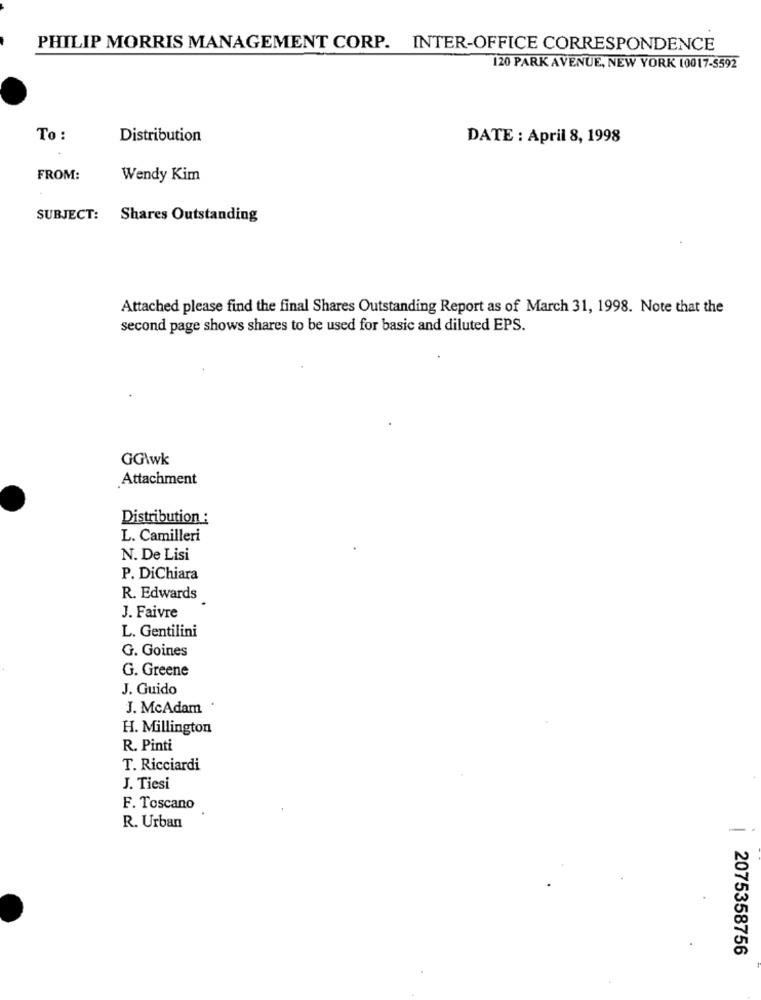
PHILIP MORRIS MANAGEMENT CORP. INTER-OFFICE CORRESPONDENCE
120 PARK AVENUE, NEW YORK 10017-5592
To :
Distribution
DATE : April 8, 1998
FROM:
Wendy Kim
SUBJECT: Shares Outstanding
Attached please find the final Shares Outstanding Report as of March 31, 1998. Note that the
second page shows shares to be used for basic and diluted EPS.
GG\wk
Attachment
Distribution :
L. Camilleri
N. De Lisi
P. DiChiara
R. Edwards
J. Faivre
L. Gentilini
G. Goines
G. Greene
J. Guido
J. McAdam
H. Millington
R. Pinti
T. Ricciardi
J. Tiesi
F. Toscano
R. Urban
2075358756